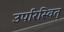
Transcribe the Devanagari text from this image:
उपरिस्वित्